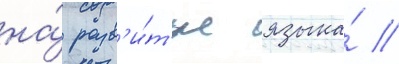
на́ разв'и́т'ие языка́ //